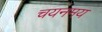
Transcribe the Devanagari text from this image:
चयनमय